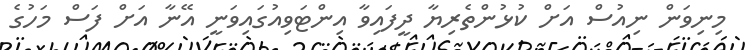
މިނިވަން ނިއުސް އަށް ކުޅުންތެރިޔާ ދީފައިވާ އިންޓަވިއުގައިވަނީ އޭނާ އަށް ފަސް މަހުގެ